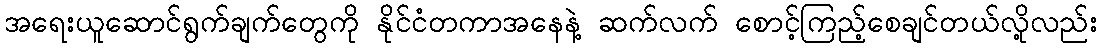
အရေးယူဆောင်ရွက်ချက်တွေကို နိုင်ငံတကာအနေနဲ့ ဆက်လက် စောင့်ကြည့်စေချင်တယ်လို့လည်း